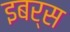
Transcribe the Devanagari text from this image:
इबर्स